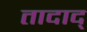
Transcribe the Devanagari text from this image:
तादाद्